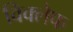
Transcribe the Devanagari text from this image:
विक्लेफ